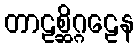
တာဠစ္ဆိဂ္ဂဠေန